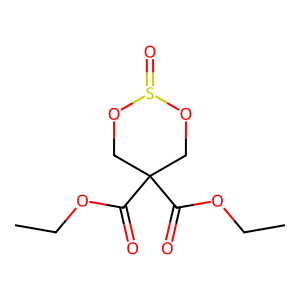
SMILES: CCOC(=O)C1(C(=O)OCC)COS(=O)OC1
Inhibits HIV replication: No